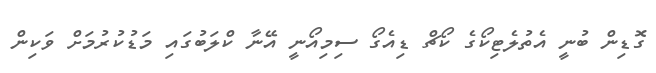
ގޮޑިން ބުނީ އެތުލެޓިކޯގެ ކޯޗް ޑިއެގޯ ސިމިއޯނީ އޭނާ ކްލަބުގައި މަޑުކުރުމަށް ވަކިން